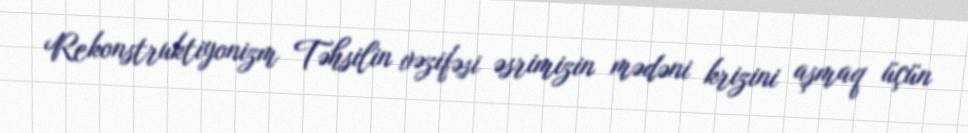
Rekonstruktiyonizm Təhsilin vəzifəsi əsrimizin mədəni krizini aşmaq üçün